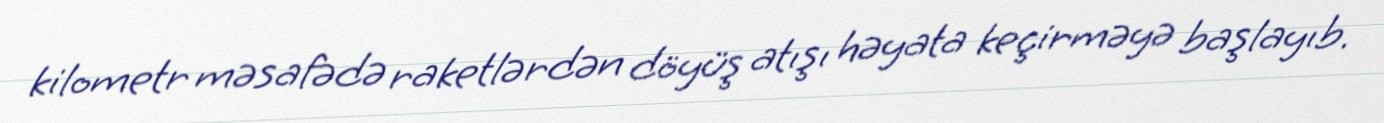
kilometr məsafədə raketlərdən döyüş atışı həyata keçirməyə başlayıb.